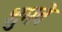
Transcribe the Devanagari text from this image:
शुमवे